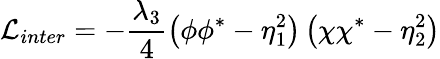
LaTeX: {\cal L}_{inter}=-\frac{\lambda_{3}}{4}\left(\phi\phi^{*}-\eta_{1}^{2}\right)\left(\chi\chi^{*}-\eta_{2}^{2}\right)